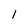
Character: 1